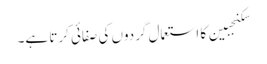
سکنجبین کا استعمال گردوں کی صفائی کرتا ہے۔